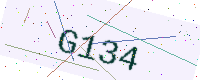
Text: G134